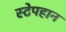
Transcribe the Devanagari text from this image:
स्टेपहान